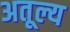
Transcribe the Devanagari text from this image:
अतूल्य